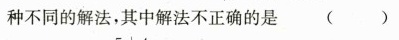
种不同的解法，其中解法不正确的是 ()